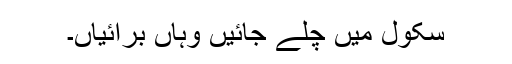
سکول میں چلے جائیں وہاں برائیاں۔